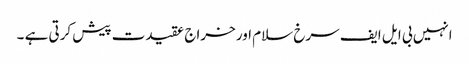
انہیں بی ایل ایف سرخ سلام اور خراج عقیدت پیش کرتی ہے ۔